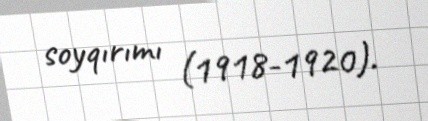
soyqırımı (1918-1920).